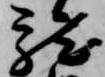
龍